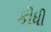
કીધી